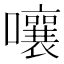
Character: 嚷